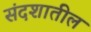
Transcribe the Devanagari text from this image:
संदशातील